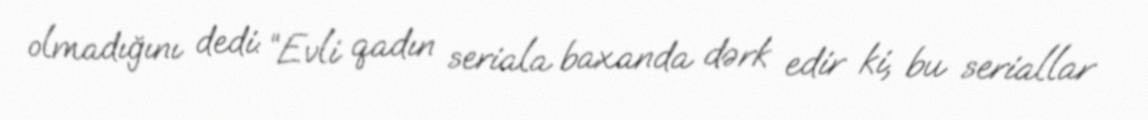
olmadığını dedi: “Evli qadın seriala baxanda dərk edir ki, bu seriallar